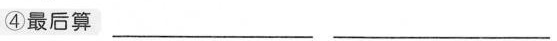
④最后算___ ___